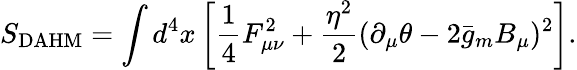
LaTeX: S_{\mathrm{DAHM}}=\int d^{4}x\left[\frac 14F_{\mu\nu}^{2}+\frac{\eta^{2}}{2}(\partial_{\mu}\theta-2\bar{g}_{m}B_{\mu})^{2}\right].